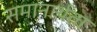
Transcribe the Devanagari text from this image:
समानार्थता